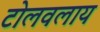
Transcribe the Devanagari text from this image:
टोलवलाय